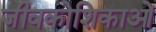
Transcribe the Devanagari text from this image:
जीवकोशिकाओं